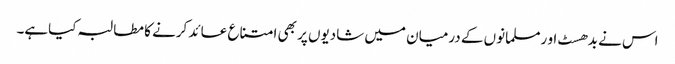
اس نے بدھسٹ او رمسلمانوں کے درمیان میں شادیوں پر بھی امتناع عائد کرنے کا مطالبہ کیاہے۔